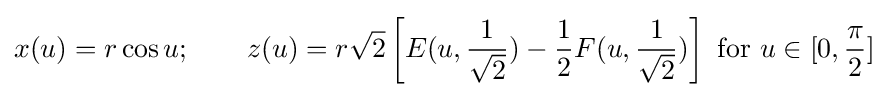
x(u)=r\cos u;\qquad z(u)=r{\sqrt {2}}\left[E(u,{\frac {1}{\sqrt {2}}})-{\frac {1}{2}}F(u,{\frac {1}{\sqrt {2}}})\right]{\text{ for }}u\in [0,{\frac {\pi }{2}}]